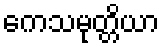
ကေသမုတ္တိယာ